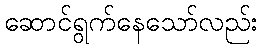
ဆောင်ရွက်နေသော်လည်း